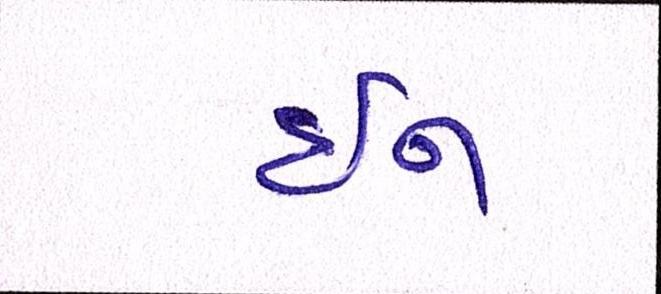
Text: ઇન